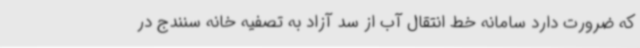
که ضرورت دارد سامانه خط انتقال آب از سد آزاد به تصفیه خانه سنندج در